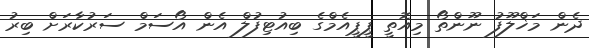
ދެން މަޚްލޫފު ނޫންތޯ މިއޮތީ ޕީޕީއެމްގެ ބިއުޓިފުލް އެން އޯސަމް ސަރުކާރަށް ބިރު